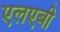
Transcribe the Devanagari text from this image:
एलएबी